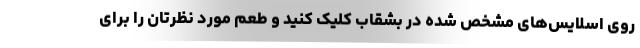
روی اسلایس‌های مشخص شده در بشقاب کلیک کنید و طعم مورد نظرتان را برای